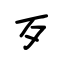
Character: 歹